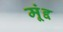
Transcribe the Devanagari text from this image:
मूंद्द